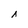
Character: i